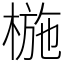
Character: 椸